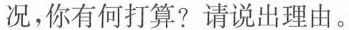
况，你有何打算?请说出理由。